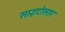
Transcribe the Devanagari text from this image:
साइटोसार